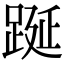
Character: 𨁆